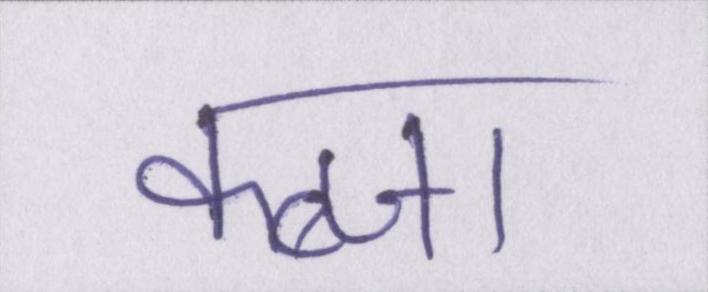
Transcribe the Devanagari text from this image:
कब्जा